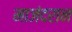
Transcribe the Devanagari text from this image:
माजंदरान